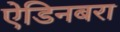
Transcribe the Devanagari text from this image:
ऐडिनबरा